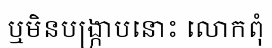
ឬមិនបង្ក្រាបនោះ លោកពុំ